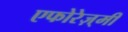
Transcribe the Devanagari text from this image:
एफोरेज़्मी